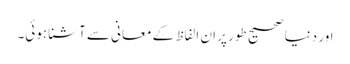
اور دنیا صحیح طور پر ان الفاظ کے معانی سے آشنا ہوئی۔